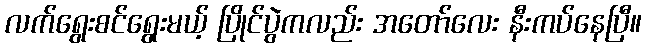
လက်ရွေးစင်ရွေးမယ့် ပြိုင်ပွဲကလည်း အတော်လေး နီးကပ်နေပြီ။